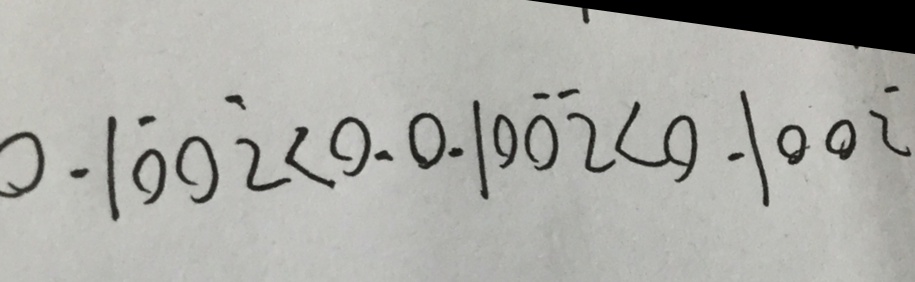
0 . 1 \dot { 0 } 0 \dot { 2 } < 0 . 0 . 1 0 \dot { 0 } \dot { 2 } < 0 . 1 0 0 \dot { 2 }